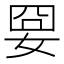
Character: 𡜸